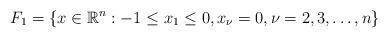
LaTeX: \begin{align*}F_1 = \{x \in \mathbb R^n : -1 \le x_1 \le 0, x_{\nu} = 0,\nu = 2,3,\dots,n\}\end{align*}